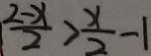
\frac { 2 - x } { 2 } > \frac { x } { 2 } - 1